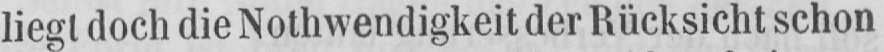
liegt doch die Nothwendigkeit der Rücksicht schon